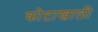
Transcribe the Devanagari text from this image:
कोटाखाली